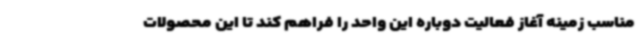
مناسب زمینه آغاز فعالیت دوباره این واحد را فراهم کند تا این محصولات